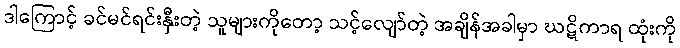
ဒါကြောင့် ခင်မင်ရင်းနှီးတဲ့ သူများကိုတော့ သင့်လျော်တဲ့ အချိန်အခါမှာ ဃဋိကာရ ထုံးကို